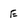
Character: E